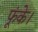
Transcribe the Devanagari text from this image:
फूंके।